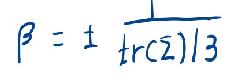
\(\beta = \pm\frac{1}{\mathrm{tr}(\Sigma)/3}\)